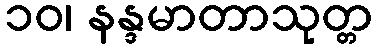
၁၀၊ နန္ဒမာတာသုတ္တ